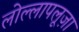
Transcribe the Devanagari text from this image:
लोल्लापलूज़ा